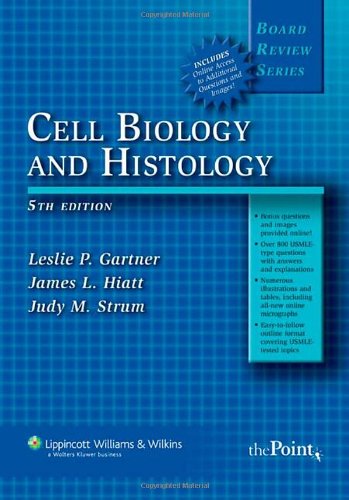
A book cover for BRS Cell Biology and Histology (Board Review Series); Leslie P. Gartner PhD; Medical Books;